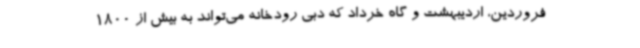
فروردین، اردیبهشت و گاه خرداد که دبی رودخانه می‌تواند به بیش از 1800